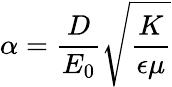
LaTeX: \alpha=\frac{D}{E_{0}}\sqrt{\frac{K}{\epsilon\mu}}